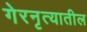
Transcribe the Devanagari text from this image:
गेरनृत्यातील